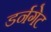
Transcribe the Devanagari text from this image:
डर्नगेट